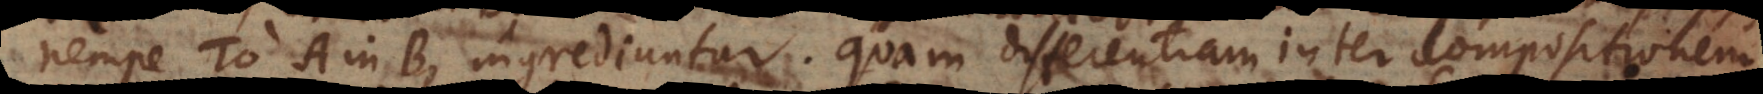
nempe το A in B, ingrediuntur. Quam differentiam inter compositionem